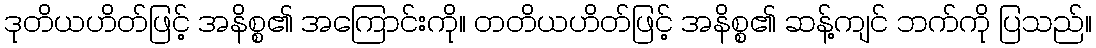
ဒုတိယဟိတ်ဖြင့် အနိစ္စ၏ အကြောင်းကို။ တတိယဟိတ်ဖြင့် အနိစ္စ၏ ဆန့်ကျင် ဘက်ကို ပြသည်။